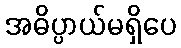
အဓိပ္ပာယ်မရှိပေ